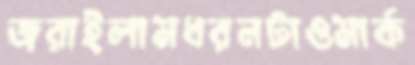
জরাইলামধরনটাওমার্ক